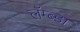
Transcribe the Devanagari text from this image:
लॅम्ब्डा